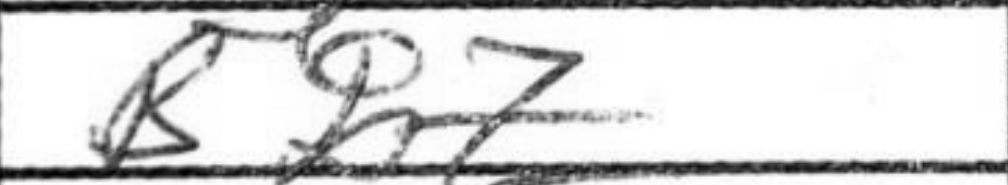
Transcription: Bb7